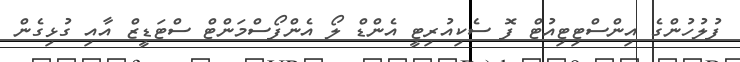
ފުލުހުންގެ އިންސްޓިޓިއުޓް ފޮ ސެކިއުރިޓީ އެންޑް ލޯ އެންފޯސްމަންޓް ސްޓަޑީޒް އާއި ގުޅިގެން